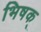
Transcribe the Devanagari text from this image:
भिषक्